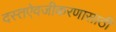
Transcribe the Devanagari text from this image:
दस्तऐवजीकरणासाठी